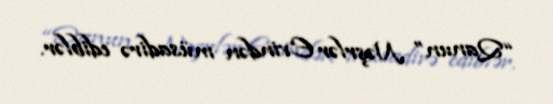
“Qanun” Nəşrlər Evindən müsadirə ediblər.